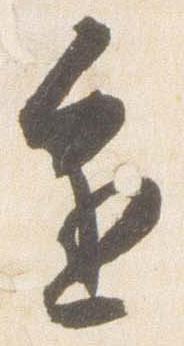
進